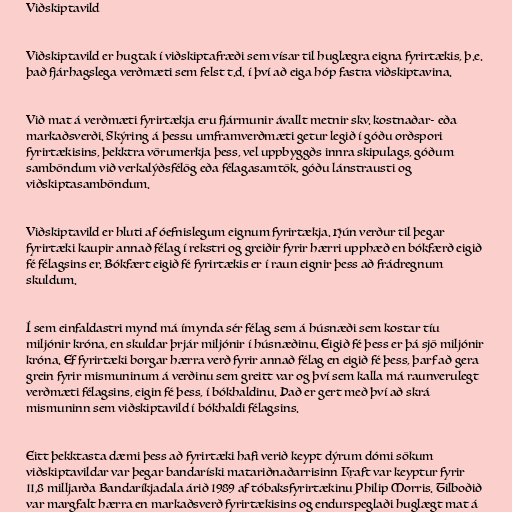
Viðskiptavild

Viðskiptavild er hugtak í viðskiptafræði sem vísar til huglægra eigna fyrirtækis, þ.e.
það fjárhagslega verðmæti sem felst t.d. í því að eiga hóp fastra viðskiptavina.

Við mat á verðmæti fyrirtækja eru fjármunir ávallt metnir skv. kostnaðar- eða
markaðsverði. Skýring á þessu umframverðmæti getur legið í góðu orðspori
fyrirtækisins, þekktra vörumerkja þess, vel uppbyggðs innra skipulags, góðum
samböndum við verkalýðsfélög eða félagasamtök, góðu lánstrausti og
viðskiptasamböndum.

Viðskiptavild er hluti af óefnislegum eignum fyrirtækja. Hún verður til þegar
fyrirtæki kaupir annað félag í rekstri og greiðir fyrir hærri upphæð en bókfærð eigið
fé félagsins er. Bókfært eigið fé fyrirtækis er í raun eignir þess að frádregnum
skuldum.

Í sem einfaldastri mynd má ímynda sér félag sem á húsnæði sem kostar tíu
miljónir króna, en skuldar þrjár miljónir í húsnæðinu. Eigið fé þess er þá sjö miljónir
króna. Ef fyrirtæki borgar hærra verð fyrir annað félag en eigið fé þess, þarf að gera
grein fyrir mismuninum á verðinu sem greitt var og því sem kalla má raunverulegt
verðmæti félagsins, eigin fé þess, í bókhaldinu. Það er gert með því að skrá
mismuninn sem viðskiptavild í bókhaldi félagsins.

Eitt þekktasta dæmi þess að fyrirtæki hafi verið keypt dýrum dómi sökum
viðskiptavildar var þegar bandaríski matariðnaðarrisinn Kraft var keyptur fyrir
11,8 milljarða Bandaríkjadala árið 1989 af tóbaksfyrirtækinu Philip Morris. Tilboðið
var margfalt hærra en markaðsverð fyrirtækisins og endurspeglaði huglægt mat á